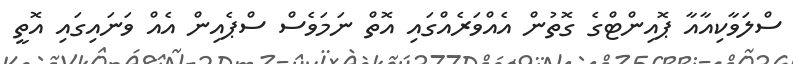
ސްލަވާކިއާއާ ޕޮއިންޓްގެ ގޮތުން އެއްވަރެއްގައި އޮތް ނަމަވެސް ސްޕެއިން އެއް ވަނައިގައި އޮތީ